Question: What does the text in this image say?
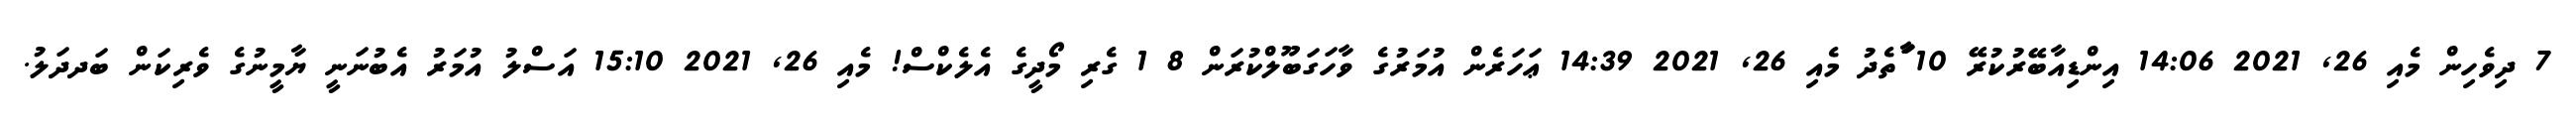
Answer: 7 ދިވެހިން މެއި 26, 2021 14:06 އިންޑިއާބޭރުކުރޭ 10 ާަތެދު މެއި 26, 2021 14:39 ޢަހަރެން އުމަރުގެ ވާހަގަބޫލްކުރަން 8 1 ގެރި މޯދީގެ އެލެކްސް! މެއި 26, 2021 15:10 އަސްލު އުމަރު އެބުނަނީ ޔާމީނުގެ ވެރިކަން ބަދދަލު.